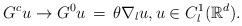
LaTeX: \begin{align*}G^c u \to G^0 u \, = \, \theta \nabla_l u, u \in C^1_l(\mathbb{R}^d).\end{align*}